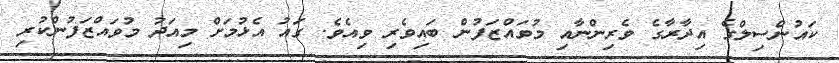
ކައުންސިލްގެ އިދާރާގެ ވެރިންނާއި މުވައްޒަފުން ބައިވެރި ވިއެވެ. ގައު އެޅުމަށް މިއަދު މުވައްޒަފުންކުރި